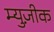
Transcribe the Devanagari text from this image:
म्युज़ीक